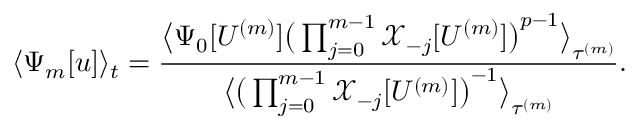
\langle \Psi _ { m } [ u ] \rangle _ { t } = \frac { \big \langle \Psi _ { 0 } [ U ^ { ( m ) } ] \big ( \prod _ { j = 0 } ^ { m - 1 } \mathcal { X } _ { - j } [ U ^ { ( m ) } ] \big ) ^ { p - 1 } \big \rangle _ { \tau ^ { ( m ) } } } { \big \langle \big ( \prod _ { j = 0 } ^ { m - 1 } \mathcal { X } _ { - j } [ U ^ { ( m ) } ] \big ) ^ { - 1 } \big \rangle _ { \tau ^ { ( m ) } } } .